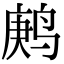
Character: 鹒